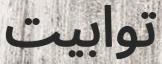
توابيت